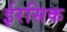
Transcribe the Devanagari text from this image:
ईरसिक